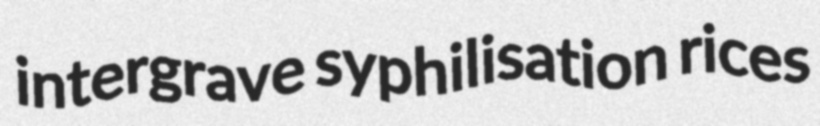
intergrave syphilisation rices